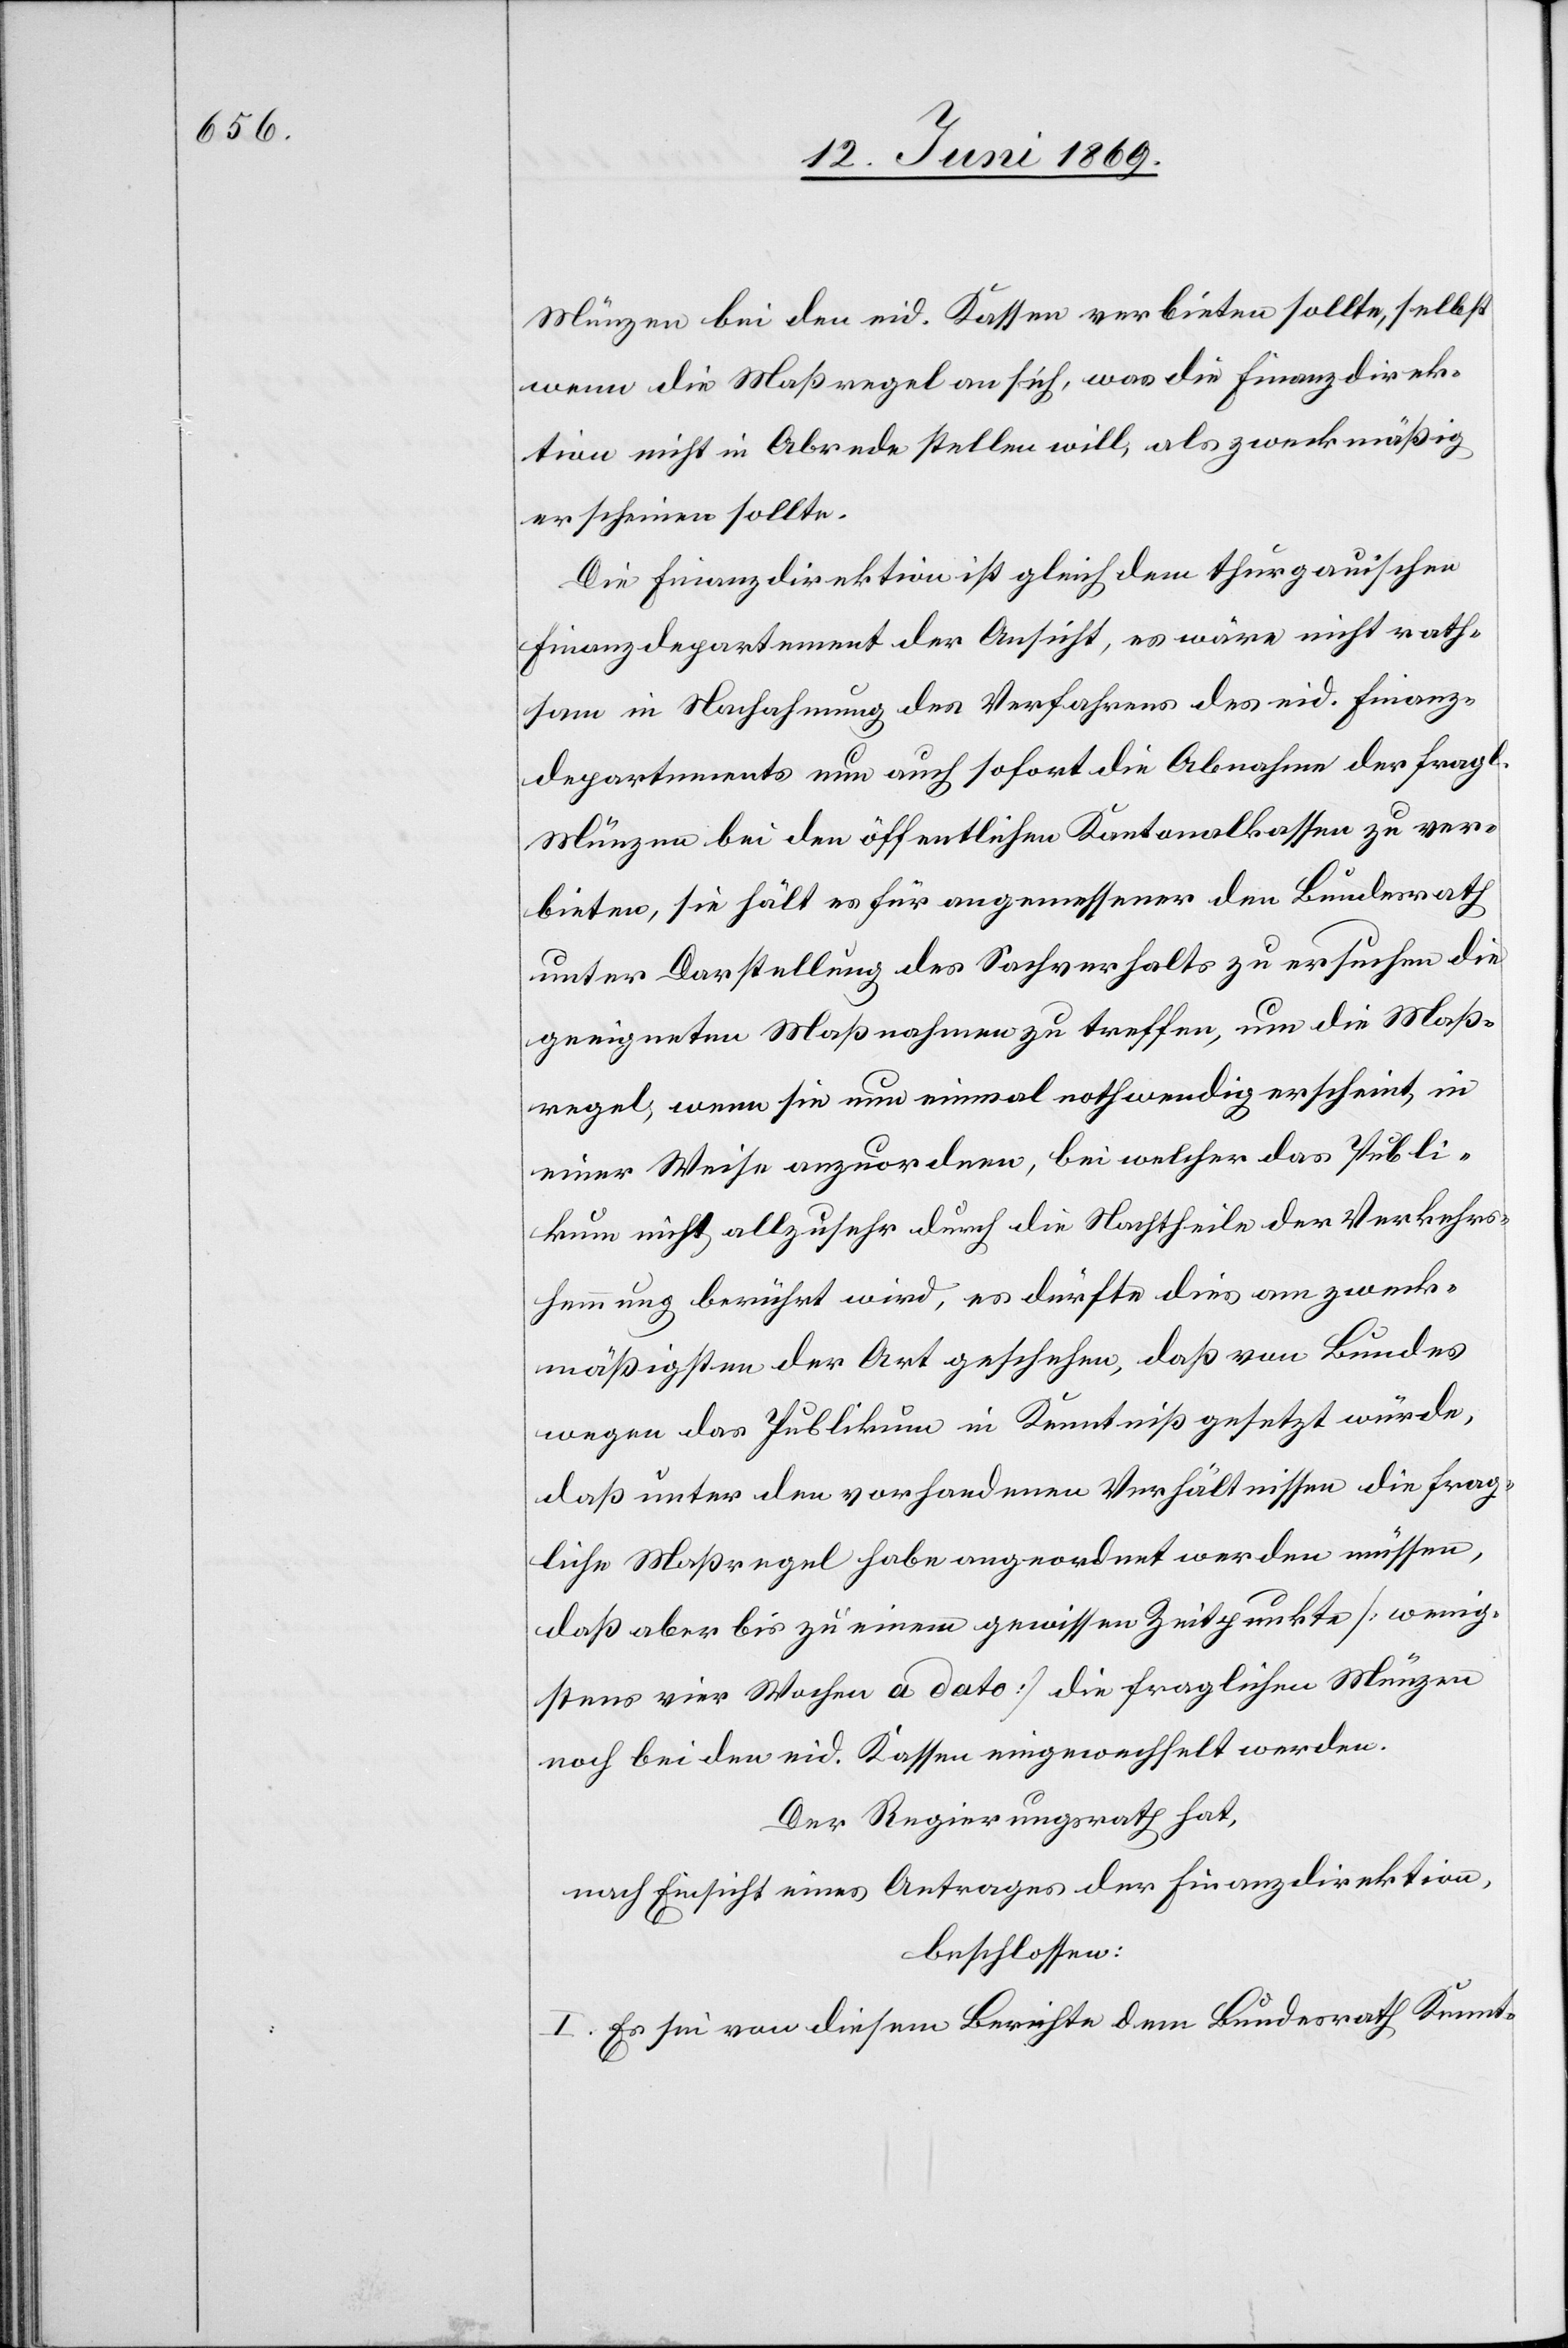
Münzen bei den eid. Kassen verbieten sollte, selbst
wenn die Maßregel an sich, was die Finanzdirek¬
tion nicht in Abrede stellen will, als zweckmäßig
erscheinen sollte.
Die Finanzdirektion ist gleich dem thurgauischen
Finanzdepartement der Ansicht, es wäre nicht rath¬
sam in Nachahmung des Verfahrens des eid. Finanz¬
departements nun auch sofort die Abnahme der fragl.
Münzen bei den öffentlichen Kantonalkassen zu ver¬
bieten, sie hält es für angemessener den Bundesrath
unter Darstellung des Sachverhalts zu ersuchen die
geeigneten Maßnahmen zu treffen, um die Maß¬
regel, wenn sie nun einmal nothwendig erscheint, in
einer Weise anzuordnen, bei welcher das Publi¬
kum nicht allzusehr durch die Nachtheile der Verkehrs¬
hemmung berührt wird, es dürfte dies am zweck¬
mäßigsten der Art geschehen, daß von Bundes
wegen das Publikum in Kenntniß gesetzt würde,
daß unter den vorhandenen Verhältnissen die frag¬
liche Maßregel habe angeordnet werden müssen,
daß aber bis zu einem gewissen Zeitpunkte [wenig¬
stens vier Wochen a dato] die fraglichen Münzen
noch bei den eid. Kassen eingewechselt werden.
Der Regierungsrath hat,
nach Einsicht eines Antrages der Finanzdirektion,
beschlossen:
I. Es sei von diesem Berichte dem Bundesrath Kennt-